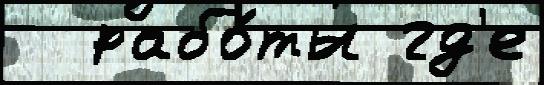
  рабо́ты гд'е